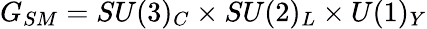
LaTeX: G_{SM}=SU(3)_{C}\times SU(2)_{L}\times U(1)_{Y}